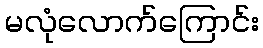
မလုံလောက်ကြောင်း